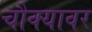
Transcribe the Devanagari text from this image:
चौक्यावर